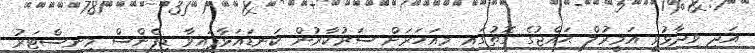
އަދި ވިދާޅުވީ އަމީރުލް ޙައްޖުގެ ގޮތުގައި މިއަހަރަށް ސަރުކާރުން ކަނޑައަޅާފައިވާ ޑިފެންސް މިނިސްޓަރު